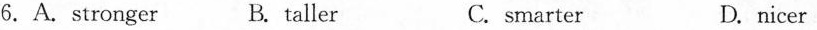
6.A. Stronger B. taller C.smarter D. nicer